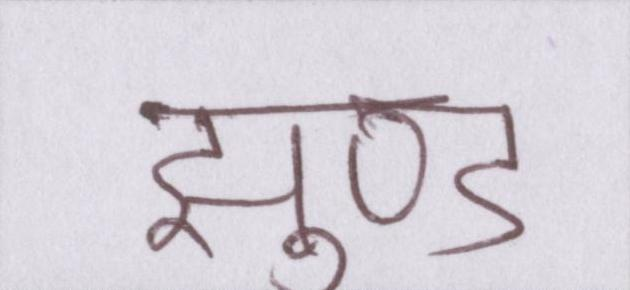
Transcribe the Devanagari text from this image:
झुण्ड